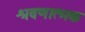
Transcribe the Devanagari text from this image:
श्रवणात्मक